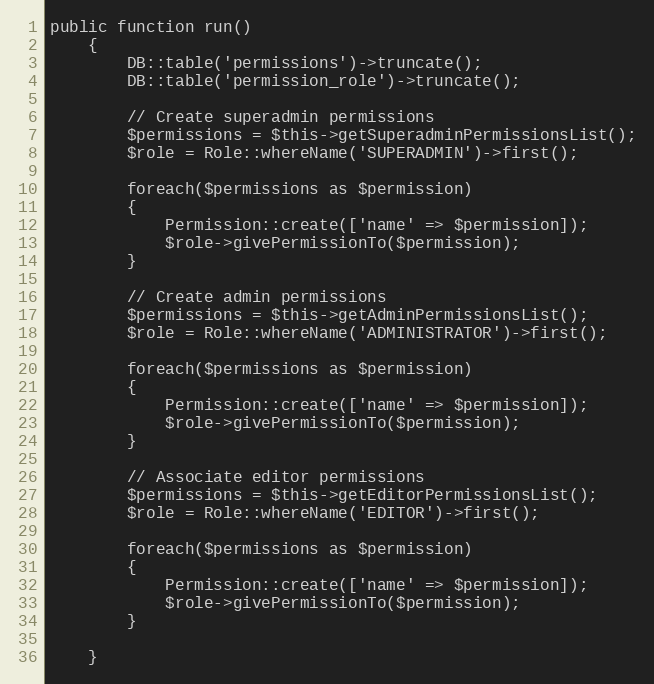
Language: PHP
public function run()
    {
        DB::table('permissions')->truncate();
        DB::table('permission_role')->truncate();

        // Create superadmin permissions
        $permissions = $this->getSuperadminPermissionsList();
        $role = Role::whereName('SUPERADMIN')->first();

        foreach($permissions as $permission)
        {
            Permission::create(['name' => $permission]);
            $role->givePermissionTo($permission);
        }

        // Create admin permissions
        $permissions = $this->getAdminPermissionsList();
        $role = Role::whereName('ADMINISTRATOR')->first();

        foreach($permissions as $permission)
        {
            Permission::create(['name' => $permission]);
            $role->givePermissionTo($permission);
        }

        // Associate editor permissions
        $permissions = $this->getEditorPermissionsList();
        $role = Role::whereName('EDITOR')->first();

        foreach($permissions as $permission)
        {
            Permission::create(['name' => $permission]);
            $role->givePermissionTo($permission);
        }

    }